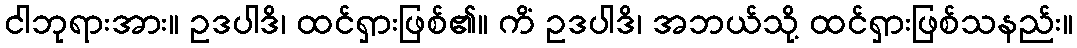
ငါဘုရားအား။ ဥဒပါဒိ၊ ထင်ရှားဖြစ်၏။ ကိံ ဥဒပါဒိ၊ အဘယ်သို့ ထင်ရှားဖြစ်သနည်း။